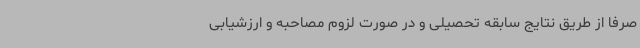
صرفاً از طریق نتایج سابقه تحصیلی و در صورت لزوم مصاحبه و ارزشیابی